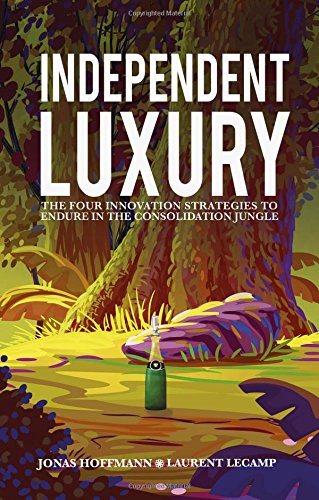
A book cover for Independent Luxury: The Four Innovation Strategies To Endure In The Consolidation Jungle; Jonas Hoffmann; Business & Money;